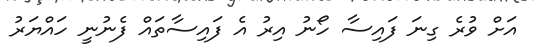
އަށް ވުރެ ގިނަ ފައިސާ ހޯނު އިރު އެ ފައިސާތައް ފެނުނީ ހައްޔަރު